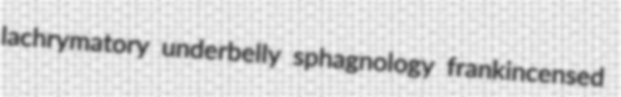
lachrymatory underbelly sphagnology frankincensed